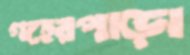
গহেরপাড়া